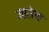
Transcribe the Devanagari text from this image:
जातेच